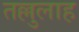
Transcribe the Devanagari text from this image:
तल्लुलाह